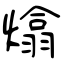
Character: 熻